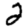
Digit: 2